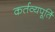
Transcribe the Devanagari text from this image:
कर्तव्यपूर्ति